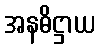
အနဓိဋ္ဌာယ